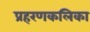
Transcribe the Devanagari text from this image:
प्रहरणकलिका